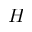
H